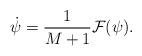
LaTeX: \begin{align*}\dot{\psi} = \frac{1}{M + 1}\mathcal{F}(\psi).\end{align*}